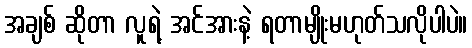
အချစ် ဆိုတာ လူရဲ့ အင်အားနဲ့ ရတာမျိုးမဟုတ်သလိုပါပဲ။